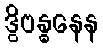
ဒွိဗန္ဓနေန